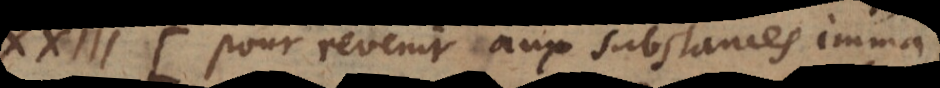
XXIII. Pour revenir aux substances imma